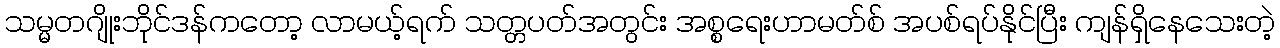
သမ္မတဂျိုးဘိုင်ဒန်ကတော့ လာမယ့်ရက် သတ္တပတ်အတွင်း အစ္စရေးဟာမတ်စ် အပစ်ရပ်နိုင်ပြီး ကျန်ရှိနေသေးတဲ့